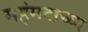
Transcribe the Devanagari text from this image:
महंमदाच्या